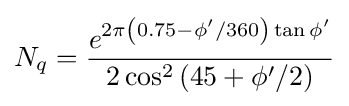
N_{q}={\frac {e^{2\pi \left(0.75-\phi '/360\right)\tan \phi '}}{2\cos ^{2}\left(45+\phi '/2\right)}}